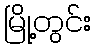
မြို့တွင်း